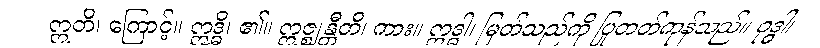
ဣတိ၊ ကြောင့်။ ဣဒ္ဓိ၊ ၏။ ဣဇ္ဈန္တီတိ၊ ကား။ ဣဒ္ဓါ၊ မြတ်သည်ကို ပြုတတ်ကုန်သည်။ ဝုဒ္ဓါ၊